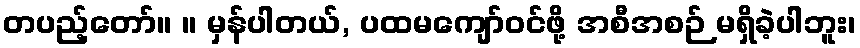
တပည့်တော်။ ။ မှန်ပါတယ်, ပထမကျော်ဝင်ဖို့ အစီအစဉ် မရှိခဲ့ပါဘူး၊